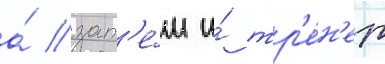
а́ зат'е́м и́ тр'е́н'ер